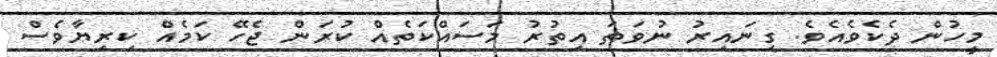
މީހުން ދެކެވެއެވެ. ގިނައިރު ނުވަތަ އިތުރު މަސައްކަތެއް ކުރަން ޖެހޭ ކަމެއް ކިރިޔާވެސް